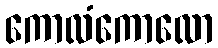
ကောလံကောလော